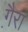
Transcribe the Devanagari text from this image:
गै़रा